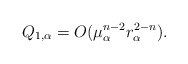
\begin{align*}Q_{1,\alpha}=O(\mu_\alpha^{n-2}r_\alpha^{2-n}) .\end{align*}